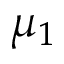
\mu _ { 1 }